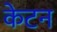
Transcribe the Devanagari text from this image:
केटन